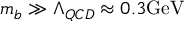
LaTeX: m _ { b } \gg \Lambda _ { Q C D } \approx 0 . 3 \mathrm { G e V }